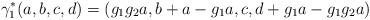
LaTeX: \begin{align*}\gamma_1^*(a,b,c,d)=(g_1g_2a, b+a-g_1a,c,d+g_1a-g_1g_2a)\end{align*}